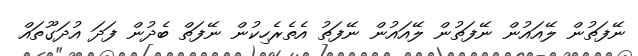
ނޭފަތުން ލޭއައުން ނޭފަތުން ލޭއައުން ނޭފަތު އެތެރެހިކުން ނޭފަތް ބެދުން ފަދަ އުދަގޫތައް